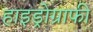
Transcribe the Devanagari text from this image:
हाइड्रोग्राफी